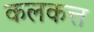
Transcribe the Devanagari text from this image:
कलकत्त